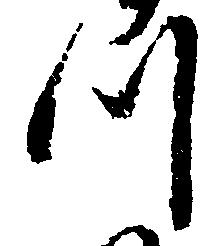
つ